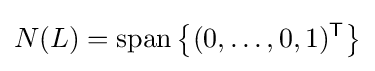
N(L)=\operatorname {span} \left\{(0,\ldots ,0,1)^{\mathsf {T}}\right\}